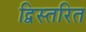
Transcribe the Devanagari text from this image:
द्विस्तरित